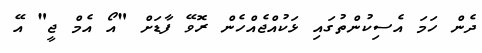
ދެން ހަމަ އެސިކުންތުގައި ޅަކުއްޖެއްހެން ރޮވޭ ފާޑަށް "އޯ އެމް ޖީ" އޭ